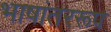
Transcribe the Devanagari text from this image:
भाषांतररूप